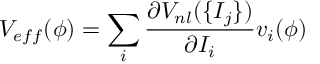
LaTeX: V _ { e f f } ( \phi ) = \sum _ { i } \frac { \partial V _ { n l } ( \{ I _ { j } \} ) } { \partial I _ { i } } v _ { i } ( \phi )